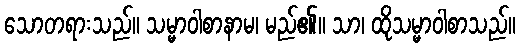
သောတရားသည်။ သမ္မာဝါစာနာမ၊ မည်၏။ သာ၊ ထိုသမ္မာဝါစာသည်။